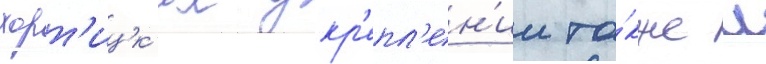
хорт'ицк'их укр'епл'ен'ии та́кже л